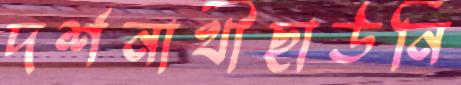
দর্শনার্থীছাউনি